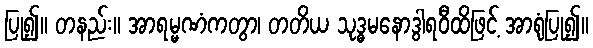
ပြု၍။ တနည်း။ အာရမ္မဏံကတွာ၊ တတိယ သုဒ္ဓမနောဒွါရဝီထိဖြင့် အာရုံပြု၍။